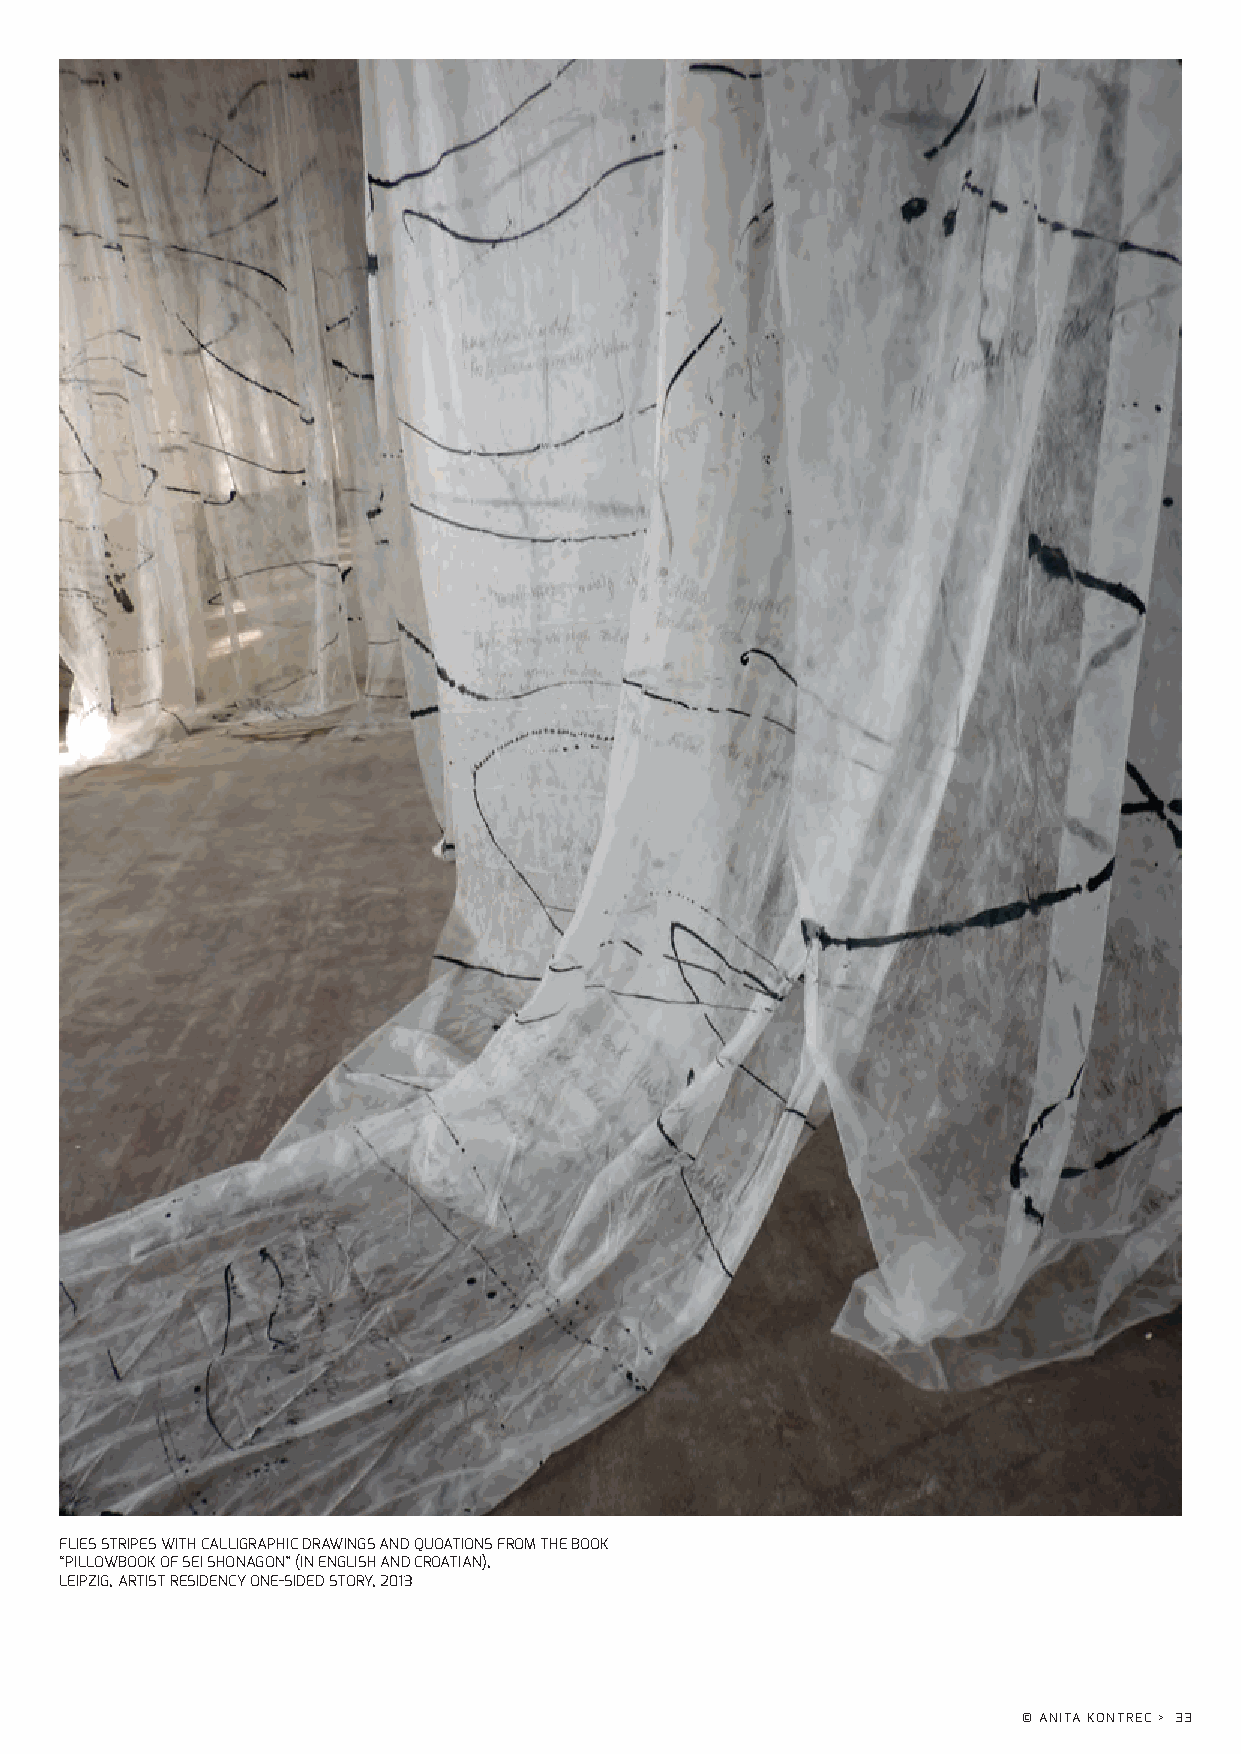
FLIES STRIPES WITH CALLIGRAPHIC DRAWINGS AND QUOATIONS FROM THE BOOK
 “PILLOWBOOK OF SEI SHONAGON” (IN ENGLISH AND CROATIAN),
 LEIPZIG, ARTIST RESIDENCY ONE-SIDED STORY, 2013
 © ANITA KONTREC > 33